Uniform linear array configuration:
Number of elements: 32
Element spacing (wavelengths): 1
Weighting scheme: exponential
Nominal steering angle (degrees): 15
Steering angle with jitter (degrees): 14.223
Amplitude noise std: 0.05
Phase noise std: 0.05

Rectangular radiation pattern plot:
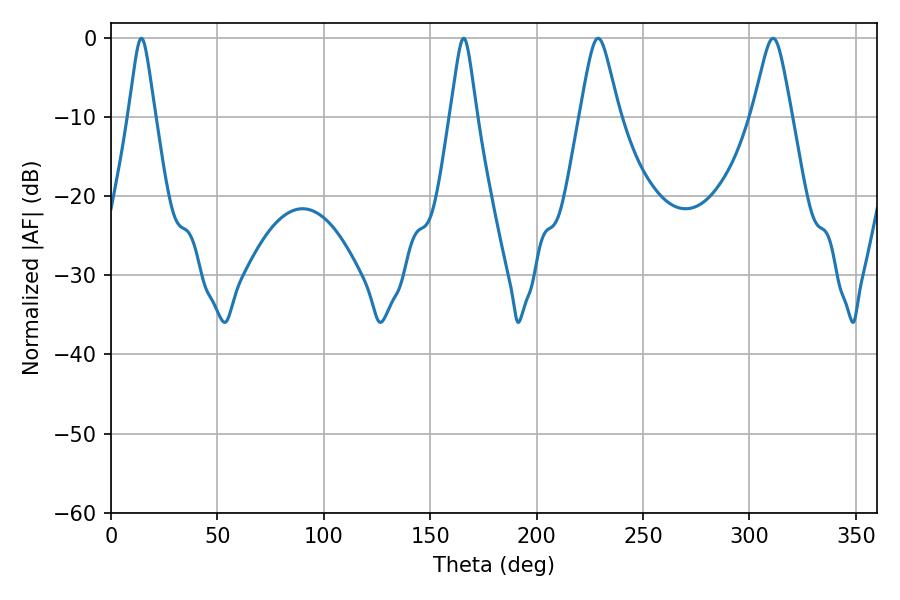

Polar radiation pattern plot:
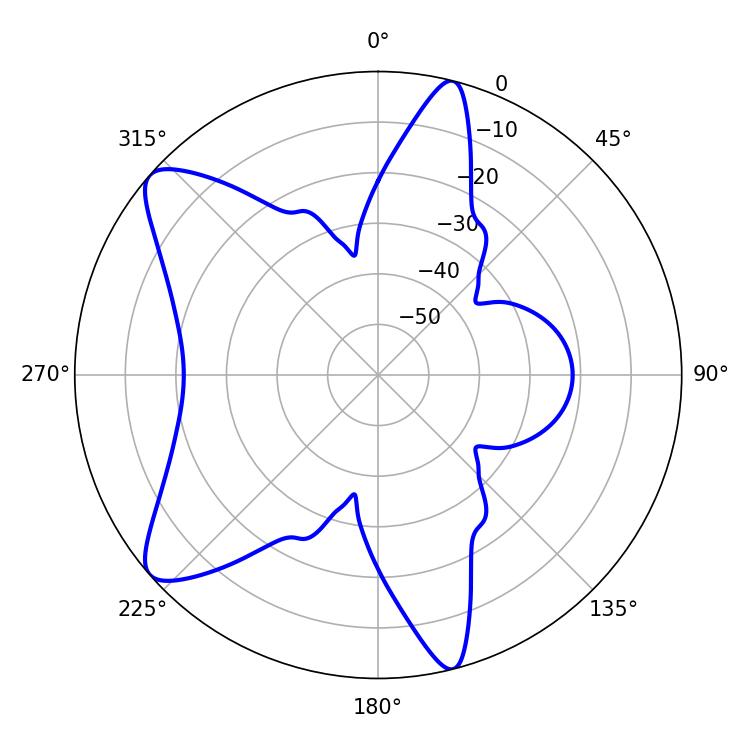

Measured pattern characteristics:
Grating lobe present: TRUE
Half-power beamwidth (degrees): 8.82
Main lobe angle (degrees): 228.96